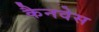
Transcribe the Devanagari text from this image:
कैनवेस